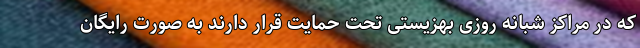
که در مراکز شبانه روزی بهزیستی تحت حمایت قرار دارند به صورت رایگان